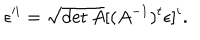
\epsilon ^ { i } = \sqrt { \det A } [ ( A ^ { - 1 } ) ^ { t } \epsilon ] ^ { i } .